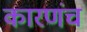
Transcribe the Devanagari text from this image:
कारणंच